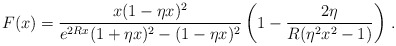
\begin{align*}F(x)=\frac{x(1-\eta x)^2}{e^{2Rx}(1+\eta x)^2-(1-\eta x)^2} \left (1-\frac{2 \eta}{R(\eta^2 x^2-1)}\right )\,{.}\end{align*}